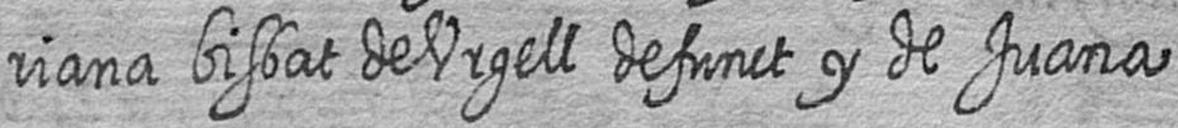
riana bisbat de Urgell defunct y de Juana